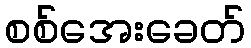
စစ်အေးခေတ်